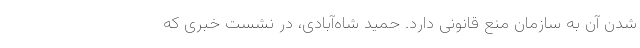
شدن آن به سازمان منع قانونی دارد. حمید شاه‌آبادی، در نشست خبری که